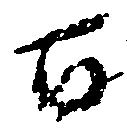
百